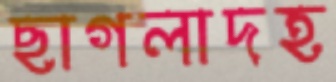
ছাগলাদহ